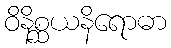
ဝိနိစ္ဆယနိရောဓာ